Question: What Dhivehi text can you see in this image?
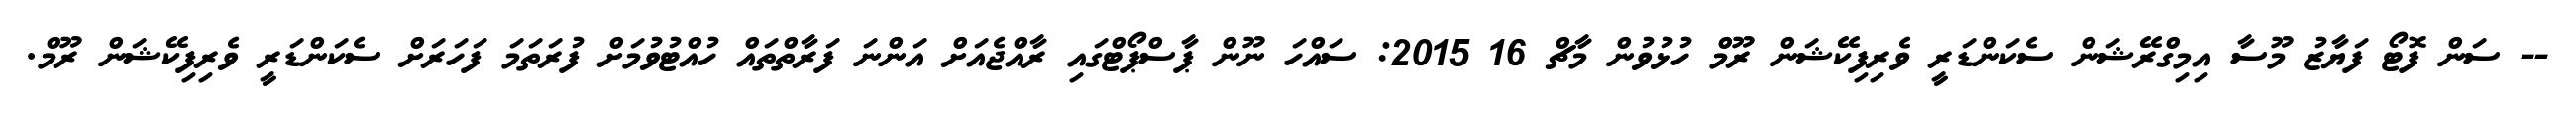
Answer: -- ސަން ފޮޓޯ ފަޔާޒު މޫސާ އިމިގްރޭޝަން ސެކަންޑަރީ ވެރިފިކޭޝަން ރޫމް ހުޅުވުން މާޗް 16 2015: ސައްހަ ނޫން ޕާސްޕޯޓްގައި ރާއްޖެއަށް އަންނަ ފަރާތްތައް ހުއްޓުވުމަށް ފުރަތަމަ ފަހަރަށް ސެކަންޑަރީ ވެރިފިކޭޝަން ރޫމް.